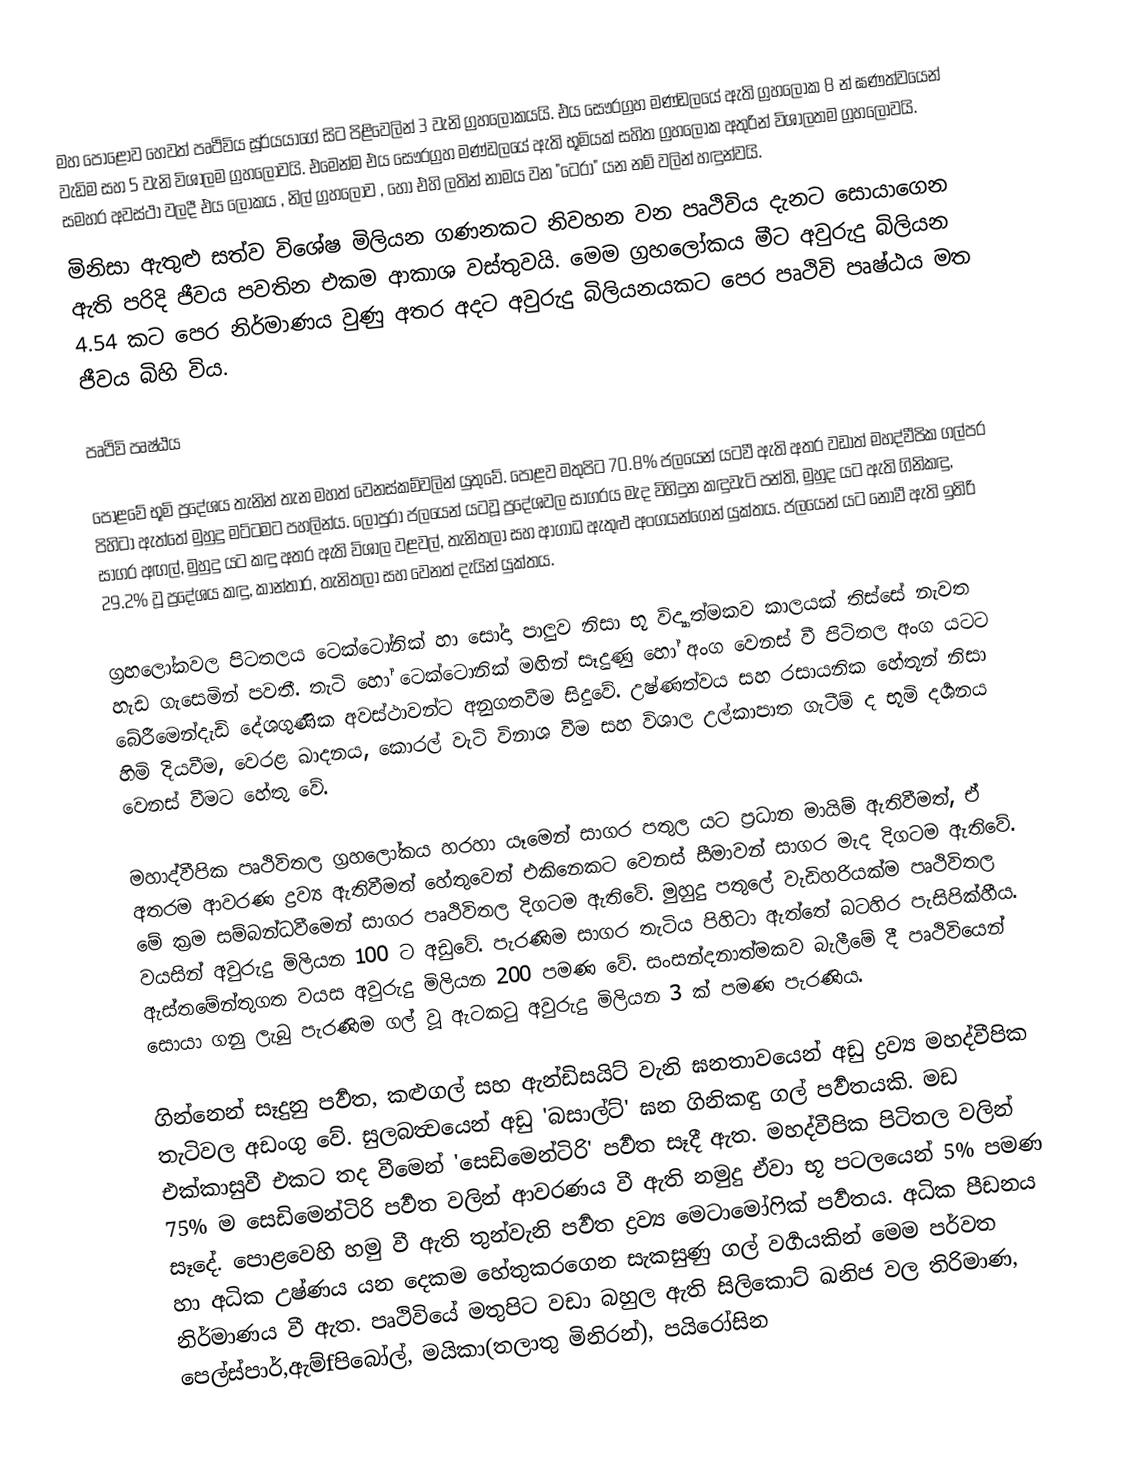
මහ පොළොව හෙවත් පෘථිවිය සූර්යයාගේ සිට පිළිවෙලින් 3 වැනි ග්‍රහලෝකයයි. එය සෞරග්‍රහ මණ්ඩලයේ ඇති ග්‍රහලෝක 8 න් ඝණත්වයෙන් වැඩිම සහ 5 වැනි විශාලම ග්‍රහලොවයි. එමෙන්ම එය සෞරග්‍රහ මණ්ඩලයේ ඇති භූමියක් සහිත ග්‍රහලෝක අතුරින් විශාලතම ග්‍රහලොවයි. සමහර අවස්ථා වලදී එය ලෝකය , නිල් ග්‍රහලොව , හෝ එහි ලතින් නාමය වන "ටෙරා" යන නම් වලින් හඳුන්වයි.
මිනිසා ඇතුළු සත්ව විශේෂ මිලියන ගණනකට නිවහන වන පෘථිවිය දැනට සොයාගෙන ඇති පරිදි ජීවය පවතින එකම ආකාශ වස්තුවයි. මෙම ග්‍රහලෝකය මීට අවුරුදු බිලියන 4.54 කට පෙර නිර්මාණය වුණු අතර අදට අවුරුදු බිලියනයකට පෙර පෘථිවි පෘෂ්ඨය මත ජීවය බිහි විය.

පෘථිවි පෘෂ්ඨය

පොළවේ භූමි ප්‍රදේශය තැනින් තැන මහත් වෙනස්කම්වලින් යුතුවේ. පොළව මතුපිට 70.8% ජලයෙන් යටවී ඇති අතර වඩාත් මහද්වීපික ගල්පර පිහිටා ඇත්තේ මුහුදු මට්ටමට පහලින්ය. ලෝපුරා ජලයෙන් යටවූ ප්‍රදේශවල සාගරය මැද විහිදුන කඳුවැටි පන්ති, මුහුද යට ඇති ගිනිකඳු, සාගර අඟල්, මුහුදු යට කඳු අතර ඇති විශාල වළවල්, තැනිතලා සහ ආගාධ ඇතුළු අංගයන්ගෙන් යුක්තය. ජලයෙන් යට ‍නොවී ඇති ඉතිරි 29.2% වූ ප්‍රදේශය කඳු, කාන්තාර, තැනිතලා සහ වෙනත් දැයින් යුක්තය.

ග්‍රහලෝකවල පිටතලය ටෙ‍ක්ටෝනික් හා සෝදා පාලුව නිසා භූ විද්‍යාත්මකව කාලයක් තිස්සේ නැවත හැඩ ගැසෙමින් පවතී. තැටි හෝ ටෙක්ටොනික් මඟින් සෑදුණු හෝ අංග වෙනස් වී පිටිතල අංග යටට බේරීමෙන්දැඩි දේශගුණික අවස්ථාවන්ට අනුගතවීම සිදුවේ. උෂ්ණත්වය සහ රසායනික හේතූන් නිසා හිමි දියවීම, වෙරළ ඛාදනය, කොරල් වැටි විනාශ වීම සහ විශාල උල්කාපාත ගැටීම් ද භූමි දර්‍ශනය වෙනස් වීමට හේතු වේ.

මහාද්වීපික පෘථිවිතල ග්‍රහලෝකය හරහා යෑමෙන් සාගර පතුල යට ප්‍රධාන මායිම් ඇතිවීමත්, ඒ අතරම ආවරණ ද්‍රව්‍ය ඇතිවීමත් හේතුවෙන් එකිනෙකට වෙනස් සීමාවන් සාගර මැද දිගටම ඇතිවේ. මේ ක්‍රම සම්බන්ධවීමෙන් සාගර පෘථිවිතල දිගටම ඇතිවේ. මුහුදු පතුලේ වැඩිහරියක්ම පෘථිවිතල වයසින් අවුරුදු මිලියන 100 ට අඩුවේ. පැරණිම සාගර තැටිය පිහිටා ඇත්තේ බටහිර පැසිපික්හීය. ඇස්තමේන්තුගත වයස අවුරුදු මිලියන 200 පමණ වේ. සංසන්දනාත්මකව බැලීමේ දී පෘථිවියෙන් සොයා ගනු ලැබු පැරණිම ගල් වූ ඇටකටු අවුරුදු මිලියන 3 ක් පමණ පැරණිය.

ගින්නෙන් සෑදුනු පර්‍වත, කළුගල් සහ ඇන්ඩිසයිට් වැනි ඝනතාවයෙන් අඩු ද්‍රව්‍ය මහද්වීපික තැටිවල අඩංගු ‍වේ. සුලබත්‍වයෙන් අඩු 'බසාල්ට්' ඝන ගිනිකඳු ගල් පර්‍වතයකි. මඩ එක්කාසුවී එකට තද වීමෙන් 'සෙඩිමෙන්ටිරි' පර්‍වත සෑදී ඇත. මහද්වීපික පිටිතල වලින් 75% ම සෙඩිමෙන්ටිරි පර්‍වත වලින් ආවරණය වී ඇති නමුදු ඒවා භූ පටලයෙන් 5% පමණ සෑදේ. පොළවෙහි හමු වී ඇති තුන්වැනි පර්‍වත ද්‍රව්‍ය මෙටාමෝෆික් පර්‍වතය. අධික පීඩනය හා අධික උෂ්ණය යන දෙකම හේතුකරගෙන සැකසුණු ගල් වර්‍ගයකින් මෙම පර්වත නිර්මාණය වී ඇත. පෘථිවියේ මතුපිට වඩා බහුල ඇති සිලිකොට් ඛනිජ වල තිරිමාණ, පෙල්ස්පාර්,ඇම්fපිබෝල්, මයිකා(තලාතු මිනිරන්), පයිරෝසින